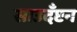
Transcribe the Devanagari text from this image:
साउदँप्टन